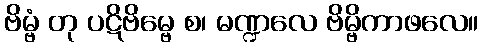
ဗိမ္ဗံ တု ပဋိဗိမ္ဗေ စ၊ မဏ္ဍလေ ဗိမ္ဗိကာဖလေ။